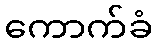
ကောက်ခံ